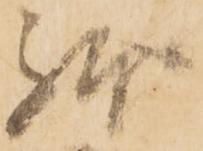
躰